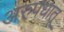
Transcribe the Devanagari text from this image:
अरुपधातू